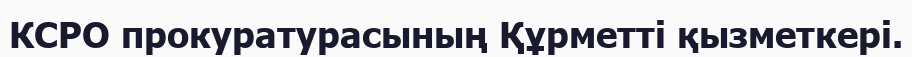
КСРО прокуратурасының Құрметті қызметкері.